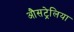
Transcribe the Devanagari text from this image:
औसट्रेलिया